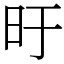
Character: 旴